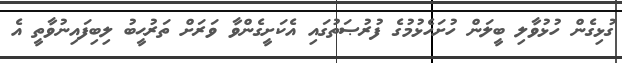
ގުޅިގެން ހުޅުވާލި ބީލަން ހުށަހެޅުމުގެ ފުރުޞަތުގައި އެކަށީގެންވާ ވަރަށް ތަރުޙީބު ލިބިފައިނުވާތީ އެ